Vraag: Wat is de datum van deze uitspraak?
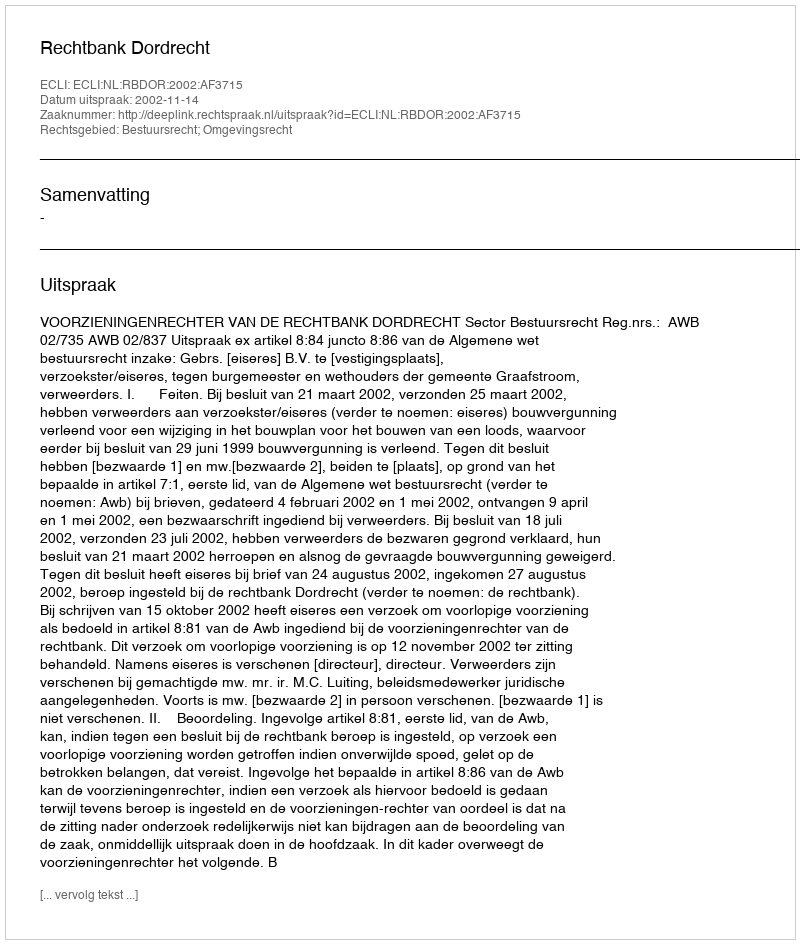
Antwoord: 2002-11-14